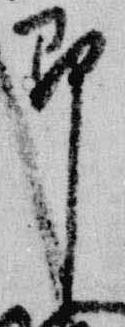
即